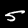
Label: 5